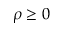
\rho \ge 0